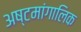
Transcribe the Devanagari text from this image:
अष्टमांगालिक